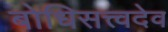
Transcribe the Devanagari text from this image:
बोधिसत्त्वदेव